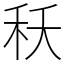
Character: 秗